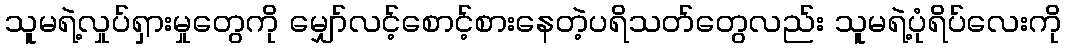
သူမရဲ့လှုပ်ရှားမှုတွေကို မျှော်လင့်စောင့်စားနေတဲ့ပရိသတ်တွေလည်း သူမရဲ့ပုံရိပ်လေးကို